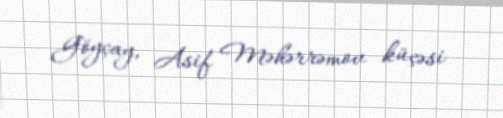
Göyçay, Asif Məhərrəmov küçəsi